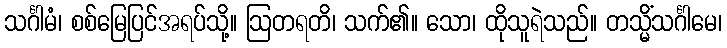
သင်္ဂါမံ၊ စစ်မြေပြင်အရပ်သို့။ ဩတရတိ၊ သက်၏။ သော၊ ထိုသူရဲသည်။ တသ္မိံသင်္ဂါမေ၊